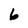
Character: 6